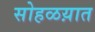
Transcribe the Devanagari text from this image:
सोहळय़ात